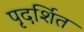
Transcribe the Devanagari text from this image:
पृदर्शित